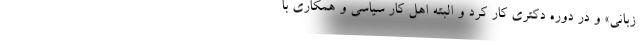
زبانی» و در دوره دکتری کار کرد و البته اهل کار سیاسی و همکاری با